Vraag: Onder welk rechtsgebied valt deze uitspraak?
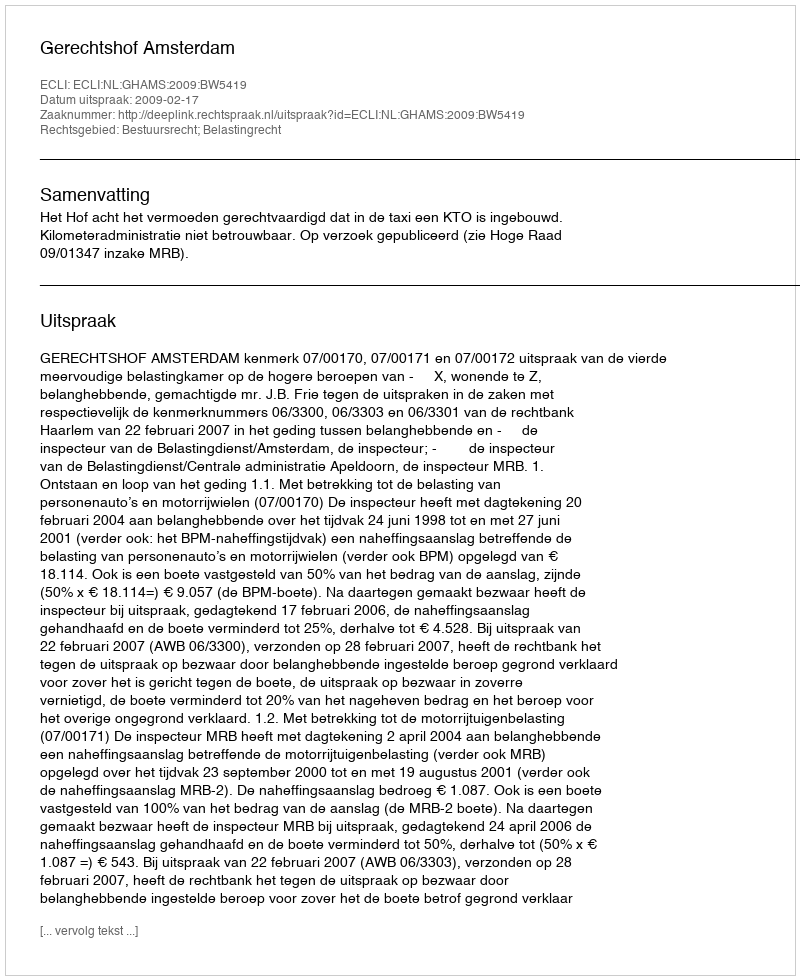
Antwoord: Bestuursrecht; Belastingrecht